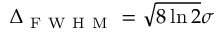
\Delta _ { \mathrm { ~ F ~ W ~ H ~ M ~ } } = \sqrt { 8 \ln { 2 } } \sigma